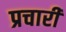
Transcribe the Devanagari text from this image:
प्रचारी